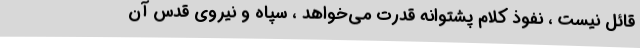
قائل نیست ، نفوذ کلام پشتوانه قدرت می‌خواهد ، سپاه و نیروی قدس آن